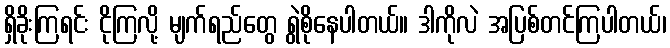
ရှိခိုးကြရင်း ငိုကြလို့ မျက်ရည်တွေ ရွဲစိုနေပါတယ်။ ဒါကိုလဲ အပြစ်တင်ကြပါတယ်၊